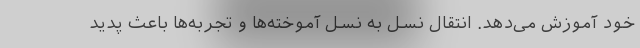
خود آموزش می‌دهد. انتقال نسل به نسل آموخته‌ها و تجربه‌ها باعث پدید